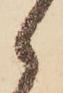
ゝ